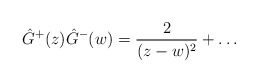
\begin{align*}\hat G^+(z)\hat G^-(w) = \frac2{(z-w)^2}+\ldots\end{align*}